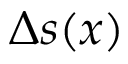
\Delta s ( x )